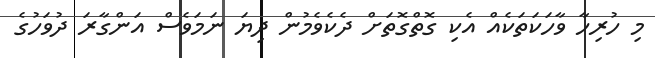
މި ހުރިހާ ވާހަކަތަކެއް އެކި ގޮތްގޮތަށް ދެކެވެމުން ދިޔަ ނަމަވެސް އަންގާރަ ދުވަހުގެ